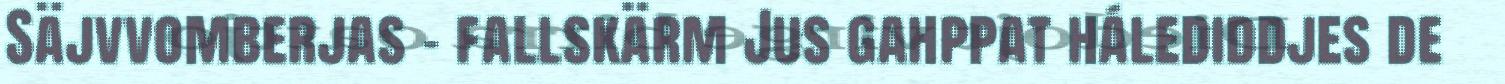
Säjvvomberjas - fallskärm Jus gahppat hálediddjes de